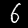
Digit: 6